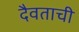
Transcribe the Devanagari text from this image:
दैवताची